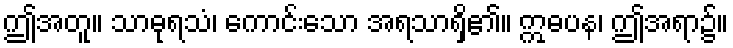
ဤအတူ။ သာဓုရသံ၊ ကောင်းသော အရသာရှိ၏။ ဣဓပန၊ ဤအရာ၌။